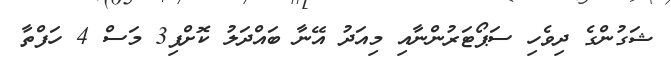
ޝަގުންގެ ދިވެހި ސަޕޯޓަރުންނާއި މިއަދު އޭނާ ބައްދަލު ކޮށްފި3 މަސް 4 ހަފްތާ